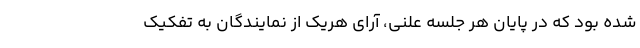
شده بود که در پایان هر جلسه علنی، آرای هریک از نمایندگان به تفکیک